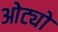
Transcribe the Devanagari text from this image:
ओट्यो